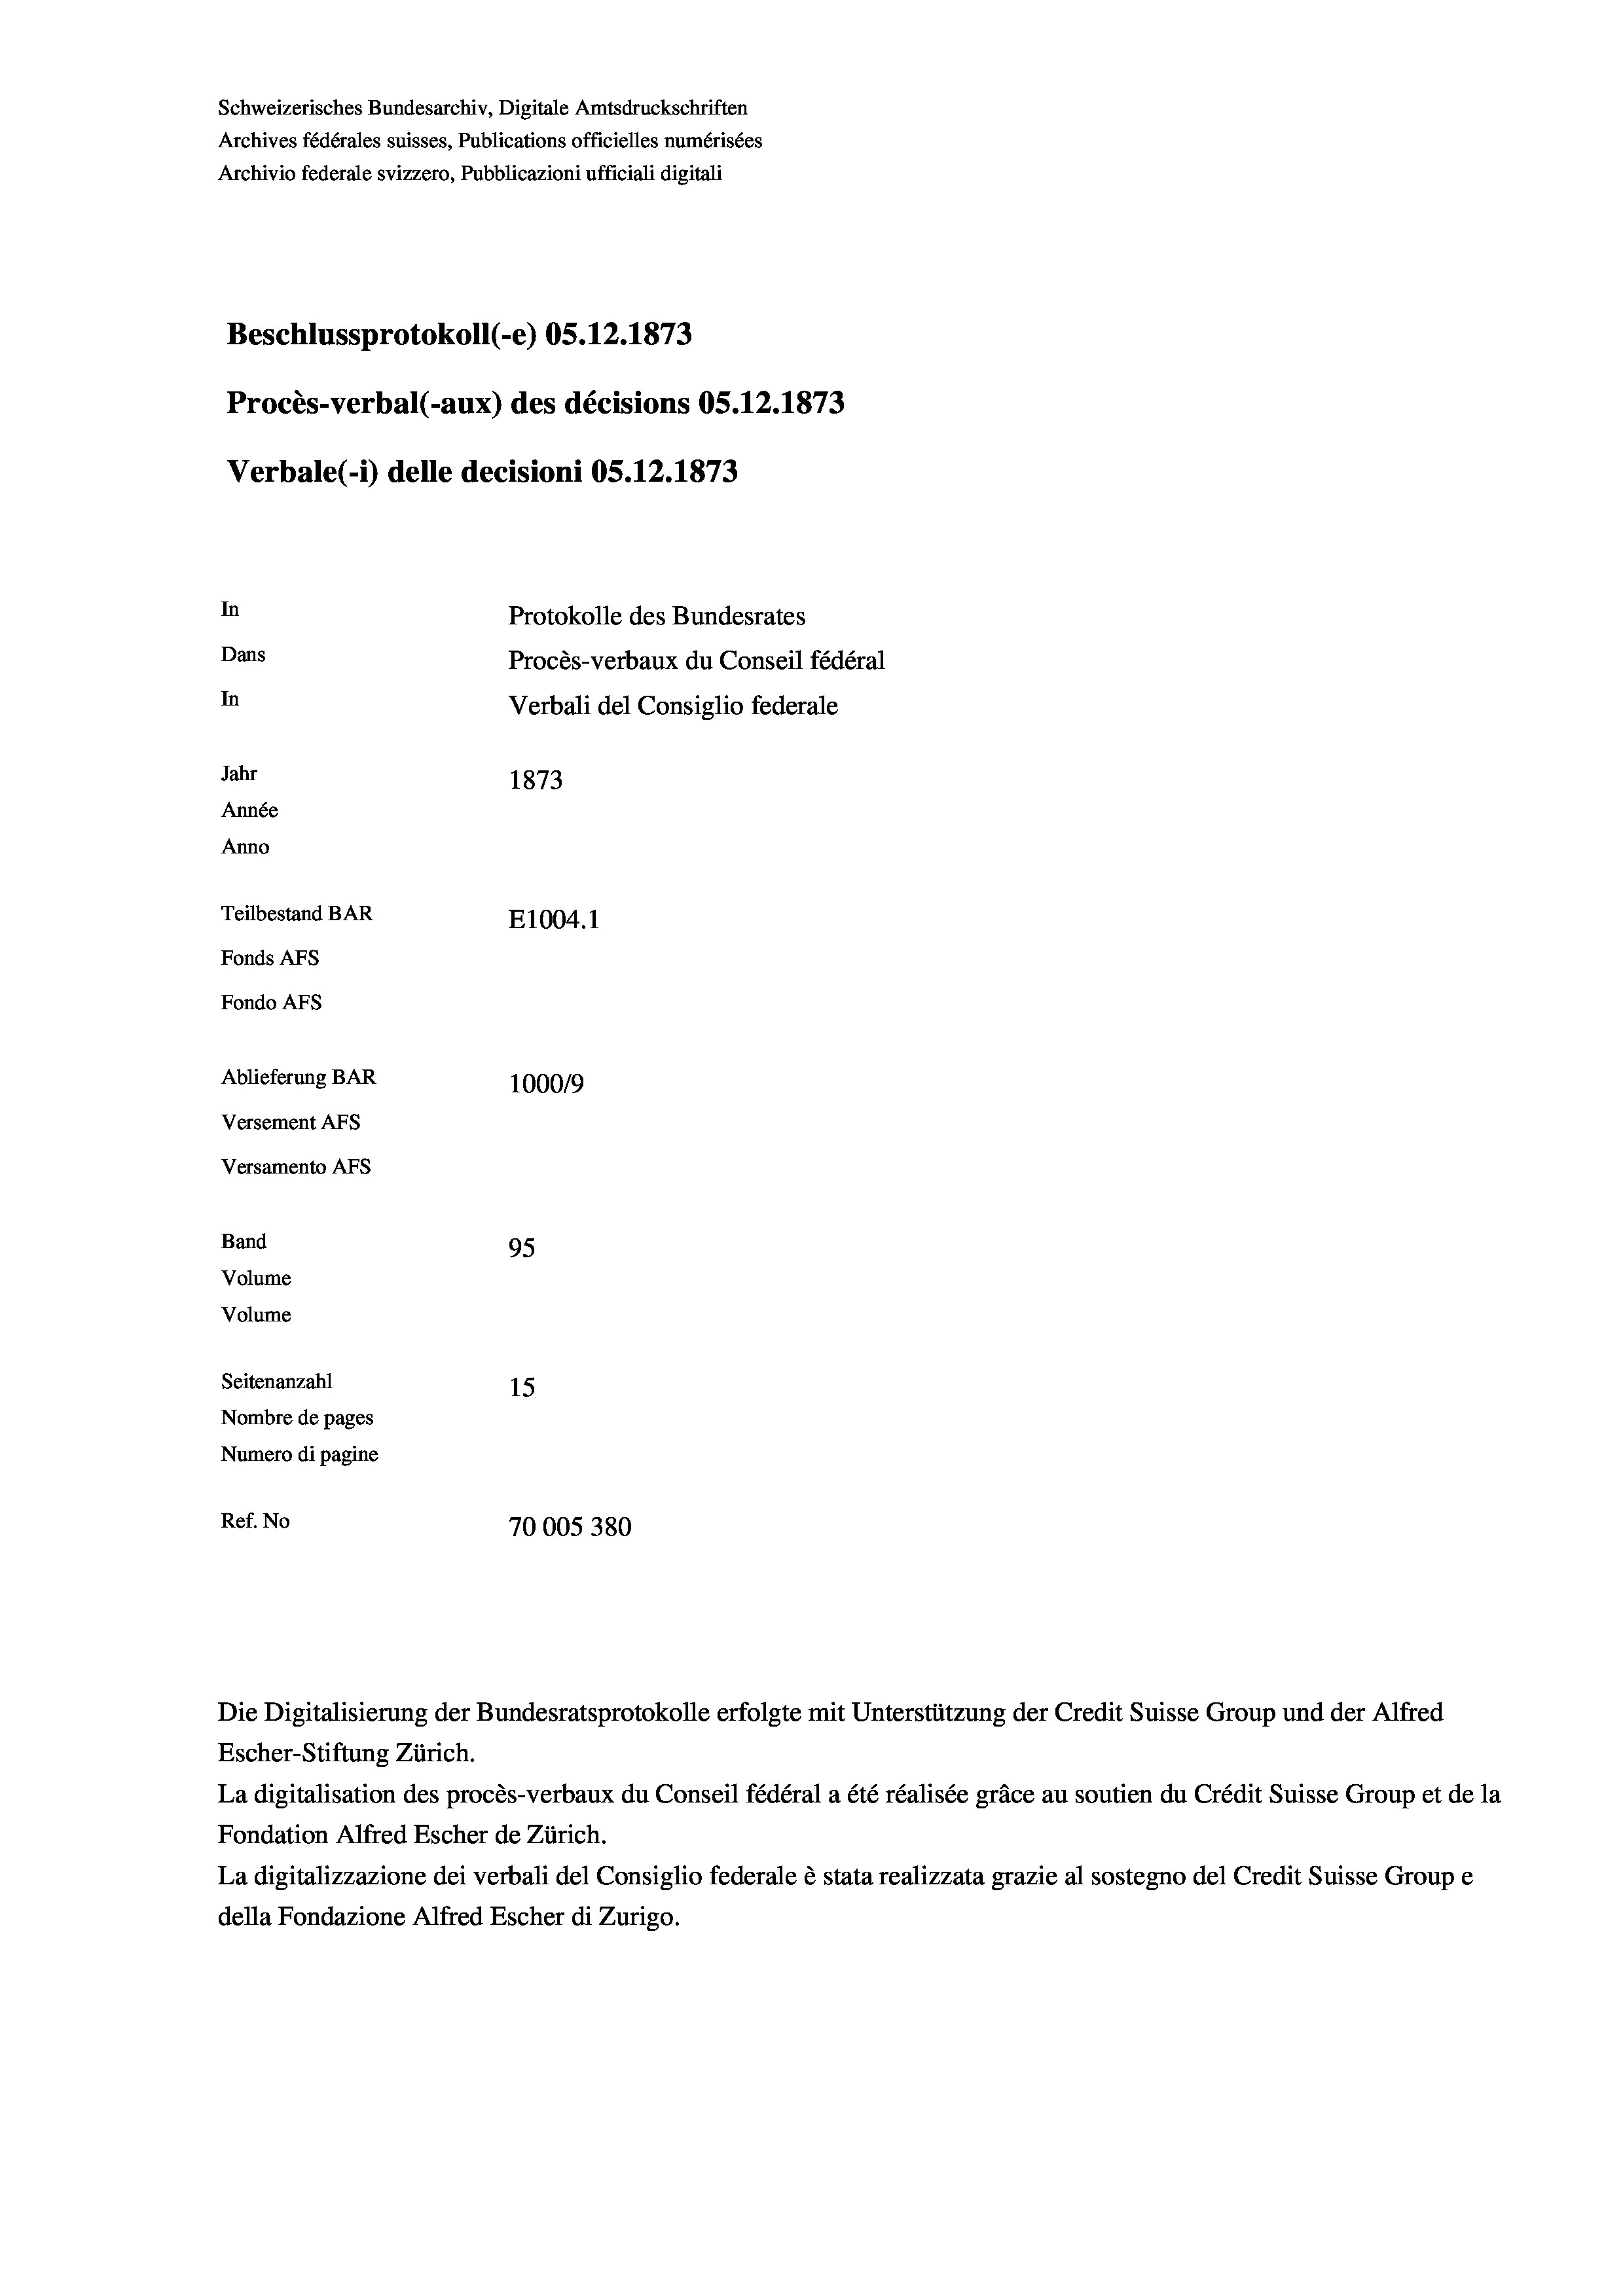
Schweizerisches Bundesarchiv, Digitale Amtsdruckschriften
Archives fédérales suisses, Publications officielles numérisées
Archivio federale svizzero, Pubblicazioni ufficiali digitali
Beschlussprotokoll (-e) OS.12.1873
Procès-verbal (-aux) des décisions OS.12.1873
Verbale(-*) delle decisioni OS.12.1873
In
Protokolle des Bundesrates
Dans
Procès-verbaux du Conseil fédéral
In
Verbali del Consiglio federale
Jahr
1873
Année
Anno
Teilbestand BAR
E1004. 1
Fonds AFs
Fondo AFs
Ablieferung BAR
100019
Versement Abs
Versamento Afs
Band
95
Volume
Volume
Seitenanzahl
15
Nombre de pages
Numero di pagine
Ref. No
70005380

Die Digitalisierung der Bundesratsprotokolle erfolgte mit Unterstützung der Credit Suisse Group und der Alfred
Escher-Stiftung Zürich.
La digitalisation des procès-verbaux du Conseil fédéral a été réalisée gräce au soutien du Crédit Suisse Group et de la
Fondation Alfred Escher de Zürich.
La digitalizzazione dei verbali del Consiglio federale è stata realizzata grazie al sostegno del Credit Suisse Groupe
della Fondazione Alfred Escher di Zurigo.